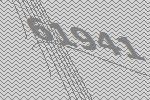
61941